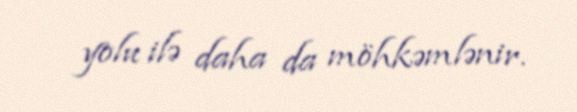
yolu ilə daha da möhkəmlənir.